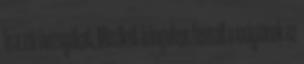
le a záróvizsgákat. Mindkét könyvben fennáll a mágiának az